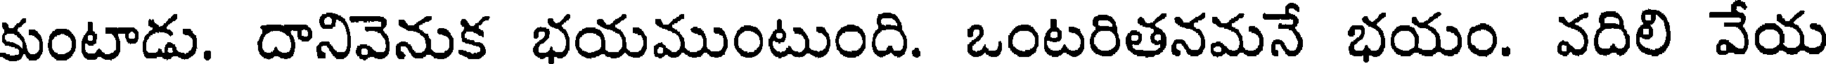
కుంటాడు. దానివెనుక భయముంటుంది. ఒంటరితనమనే భయం. వదిలి వేయ